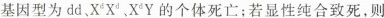
基因型为dd X^{d}X^{d}. X^{d}Y 的个体死亡；若显性纯合致死，则